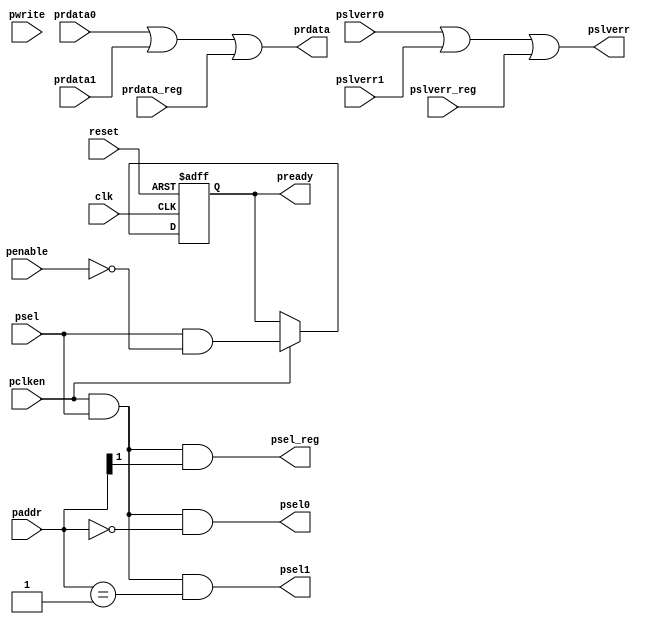
/////////////////////////////////////////////////////////////////////
////                                                             ////
////          eyal@provartec.com                                 ////
////                                                             ////
////  Downloaded from: http://www.opencores.org                  ////
/////////////////////////////////////////////////////////////////////
////                                                             ////
//// Copyright (C) 2010 Provartec LTD                            ////
//// www.provartec.com                                           ////
//// info@provartec.com                                          ////
////                                                             ////
//// This source file may be used and distributed without        ////
//// restriction provided that this copyright statement is not   ////
//// removed from the file and that any derivative work contains ////
//// the original copyright notice and the associated disclaimer.////
////                                                             ////
//// This source file is free software; you can redistribute it  ////
//// and/or modify it under the terms of the GNU Lesser General  ////
//// Public License as published by the Free Software Foundation.////
////                                                             ////
//// This source is distributed in the hope that it will be      ////
//// useful, but WITHOUT ANY WARRANTY; without even the implied  ////
//// warranty of MERCHANTABILITY or FITNESS FOR A PARTICULAR     ////
//// PURPOSE.  See the GNU Lesser General Public License for more////
//// details. http://www.gnu.org/licenses/lgpl.html              ////
////                                                             ////
/////////////////////////////////////////////////////////////////////
//---------------------------------------------------------
//-- File generated by RobustVerilog parser
//-- Version: 1.0
//-- Invoked Fri Mar 25 23:36:53 2011
//--
//-- Source file: dma_apb_mux.v
//---------------------------------------------------------



module  dma_axi64_apb_mux (clk,reset,pclken,psel,penable,pwrite,paddr,prdata,pslverr,pready,psel0,prdata0,pslverr0,psel1,prdata1,pslverr1,psel_reg,prdata_reg,pslverr_reg);

   input                 clk;
   input                 reset;

   input                 pclken;
   input                 psel;
   input                 penable;
   input          pwrite;
   input [12:11]      paddr;
   output [31:0]         prdata;
   output          pslverr;
   output          pready;

   output          psel0;
   input [31:0]      prdata0;
   input           pslverr0;
   
   output          psel1;
   input [31:0]      prdata1;
   input           pslverr1;
   
   output          psel_reg;
   input [31:0]      prdata_reg;
   input           pslverr_reg;

   wire [31:0]          prdata_pre;
   wire          pslverr_pre;
   
   
   reg              pready;
   
   
   assign          psel0    = pclken & psel & (paddr[12:11] == 2'b00);
   assign          psel1    = pclken & psel & (paddr[12:11] == 2'b01);
   assign          psel_reg = pclken & psel & (paddr[12] == 1'b1);

   assign          prdata_pre  = prdata0 | prdata1 | prdata_reg;
   assign          pslverr_pre = pslverr0 | pslverr1 | pslverr_reg;
   
   assign          prdata = prdata_pre;
   assign          pslverr = pslverr_pre;
  

   always @(posedge clk or posedge reset)
     if (reset)
       pready <= #1 1'b0;
     else if (pclken)
       pready <= #1 psel & (~penable);
       
   
endmodule